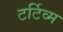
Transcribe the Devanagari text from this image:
टर्टिव्म